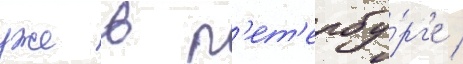
уже в п'ет'ербу́рг'е /